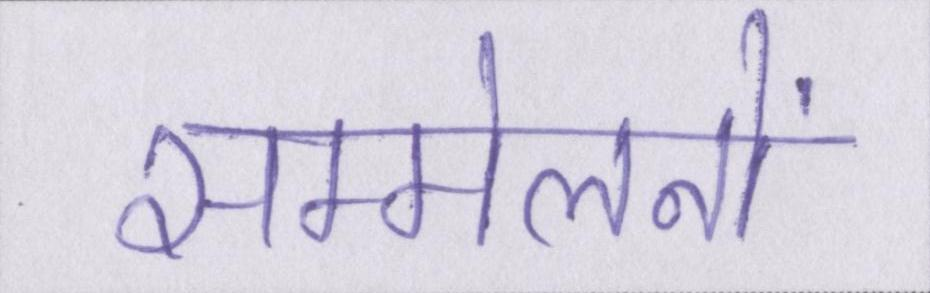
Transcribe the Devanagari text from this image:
सम्मेलनों